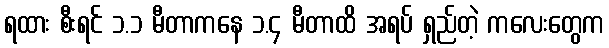
ရထား စီးရင် ၁.၁ မီတာကနေ ၁.၄ မီတာထိ အရပ် ရှည်တဲ့ ကလေးတွေက